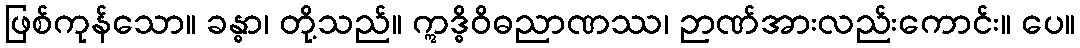
ဖြစ်ကုန်သော။ ခန္ဓာ၊ တို့သည်။ ဣဒ္ဓိဝိဓညာဏဿ၊ ဉာဏ်အားလည်းကောင်း။ ပေ။